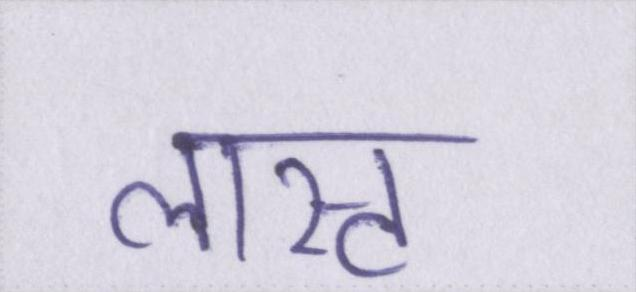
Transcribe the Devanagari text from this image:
लास्ट